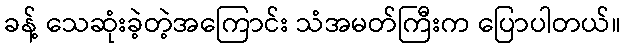
ခန့် သေဆုံးခဲ့တဲ့အကြောင်း သံအမတ်ကြီးက ပြောပါတယ်။